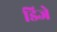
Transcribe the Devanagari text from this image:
डिजे